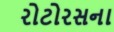
રોટોરસના